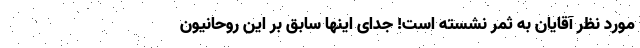
مورد نظر آقایان به ثمر نشسته است! جدای اینها سابق بر این روحانیون